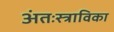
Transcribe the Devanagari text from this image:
अंतःस्त्राविका